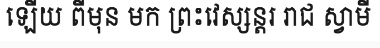
ឡើយ ពីមុន មក ព្រះវេស្សន្តរ រាជ ស្វាមី